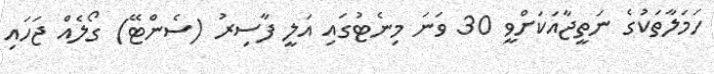
ހަމަލާތަކުގެ ނަތީޖާއަކަށްވީ 30 ވަނަ މިނެޓުގައި އަލީ ފާސިރު (ސެންޓޭ) ގޯލެއް ޖަހައި